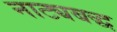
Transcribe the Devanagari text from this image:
नाट्यबद्ध